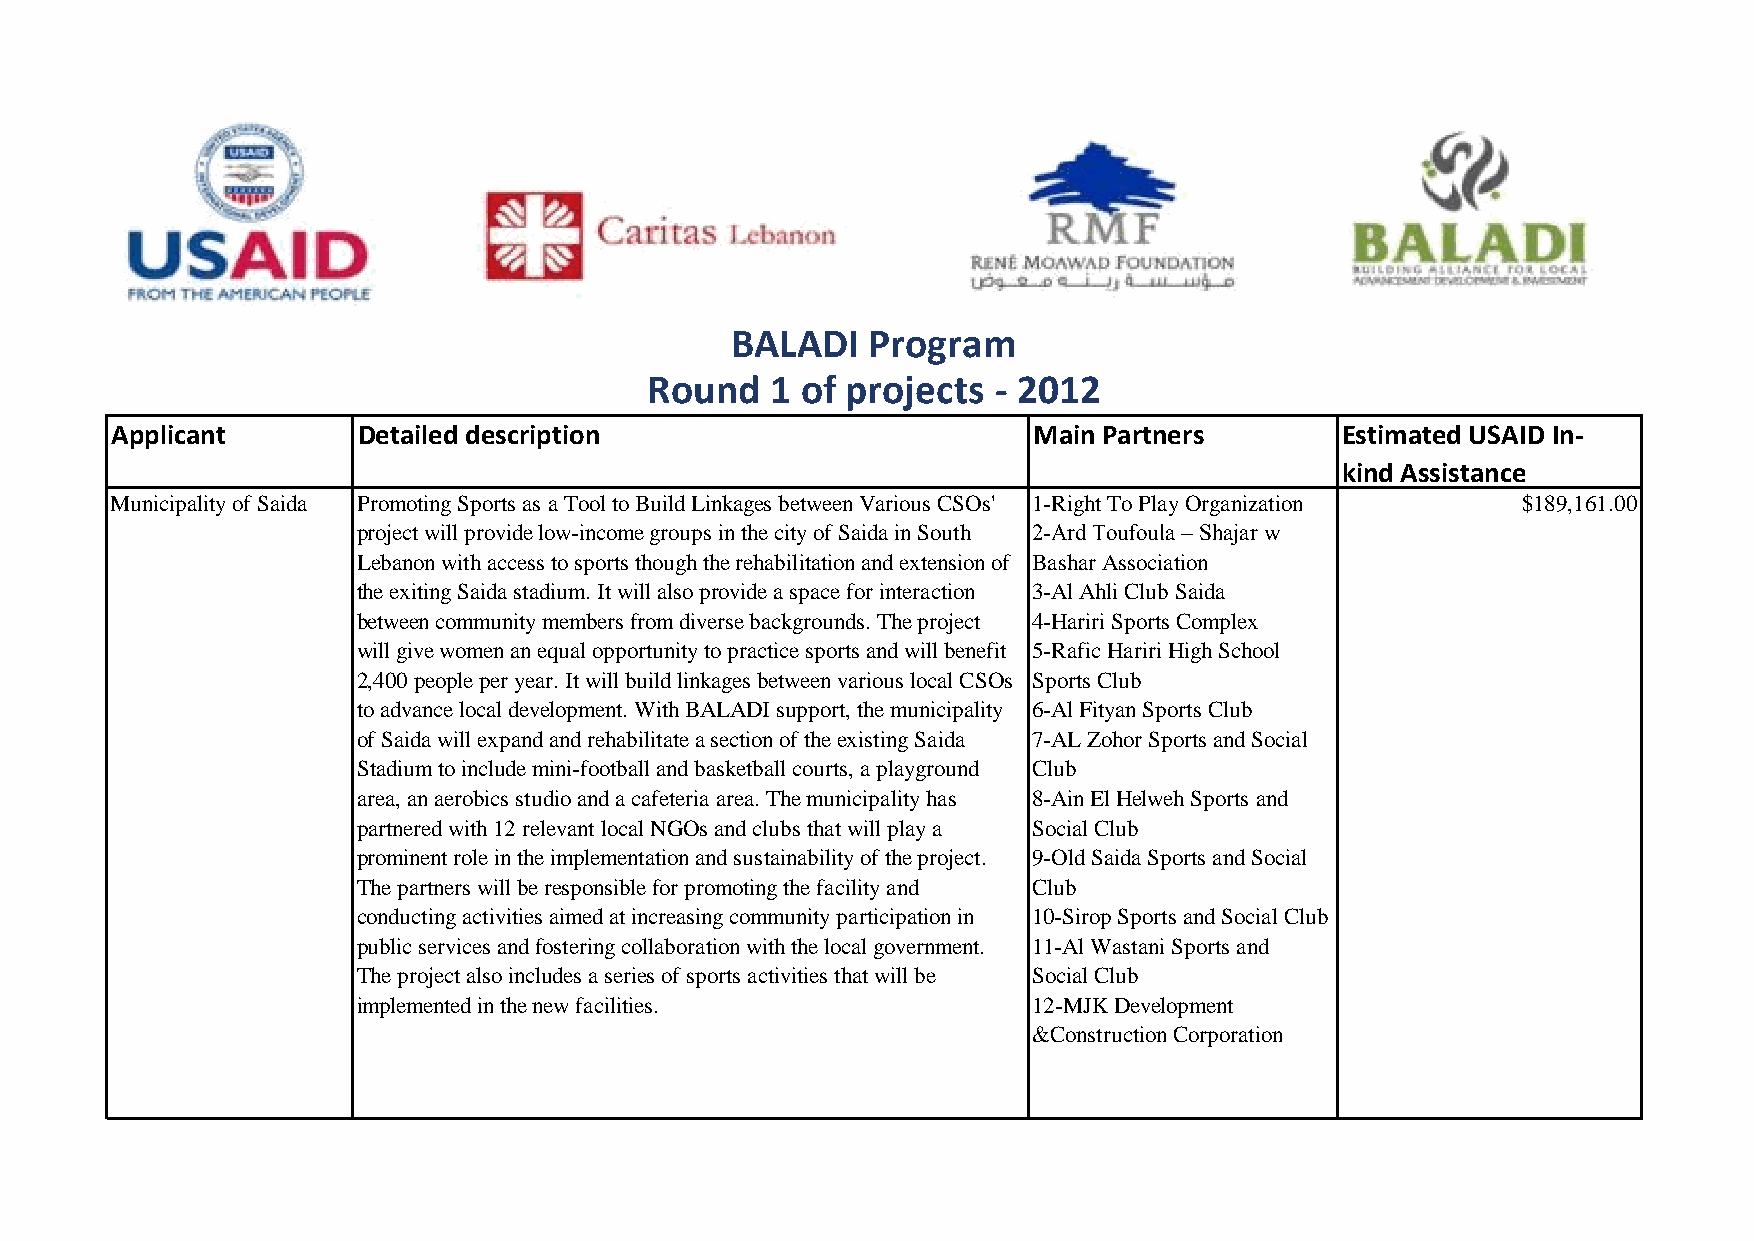
BALADI    Program
 Round   1 of projects  - 2012
 Applicant        Detailed description                        Main Partners        Estimated USAID In-
 kind Assistance
 Municipality of Saida Promoting Sports as a Tool to Build Linkages between Various CSOs' 1-Right To Play Organization $189,161.00
 project will provide low-income groups in the city of Saida in South 2-Ard Toufoula – Shajar w
 Lebanon with access to sports though the rehabilitation and extension of Bashar Association
 the exiting Saida stadium. It will also provide a space for interaction 3-Al Ahli Club Saida
 between community members from diverse backgrounds. The project 4-Hariri Sports Complex
 will give women an equal opportunity to practice sports and will benefit 5-Rafic Hariri High School
 2,400 people per year. It will build linkages between various local CSOs Sports Club
 to advance local development. With BALADI support, the municipality 6-Al Fityan Sports Club
 of Saida will expand and rehabilitate a section of the existing Saida 7-AL Zohor Sports and Social
 Stadium to include mini-football and basketball courts, a playground Club
 area, an aerobics studio and a cafeteria area. The municipality has 8-Ain El Helweh Sports and
 partnered with 12 relevant local NGOs and clubs that will play a Social Club
 prominent role in the implementation and sustainability of the project. 9-Old Saida Sports and Social
 The partners will be responsible for promoting the facility and Club
 conducting activities aimed at increasing community participation in 10-Sirop Sports and Social Club
 public services and fostering collaboration with the local government. 11-Al Wastani Sports and
 The project also includes a series of sports activities that will be Social Club
 implemented in the new facilities.          12-MJK Development
 &Construction Corporation